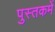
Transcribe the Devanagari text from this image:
पुस्‍तकमें